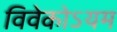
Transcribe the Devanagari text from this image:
विवेकोऽयम